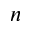
n